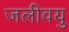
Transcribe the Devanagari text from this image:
जलीवयु